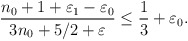
\begin{align*}\frac{n_0+1+\varepsilon_1-\varepsilon_0}{3n_0+5/2+\varepsilon}\leq\frac13+\varepsilon_0.\end{align*}